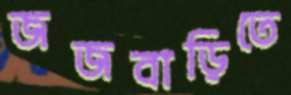
জজবাড়িতে